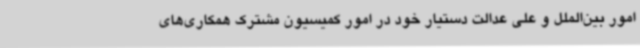
امور بین‌الملل و علی عدالت دستیار خود در امور کمیسیون مشترک همکاری‌های